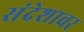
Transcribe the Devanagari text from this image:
संदेशावर